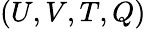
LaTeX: (U,V,T,Q)